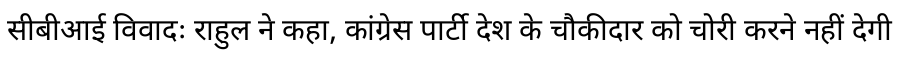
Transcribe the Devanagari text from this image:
सीबीआई विवादः राहुल ने कहा, कांग्रेस पार्टी देश के चौकीदार को चोरी करने नहीं देगी